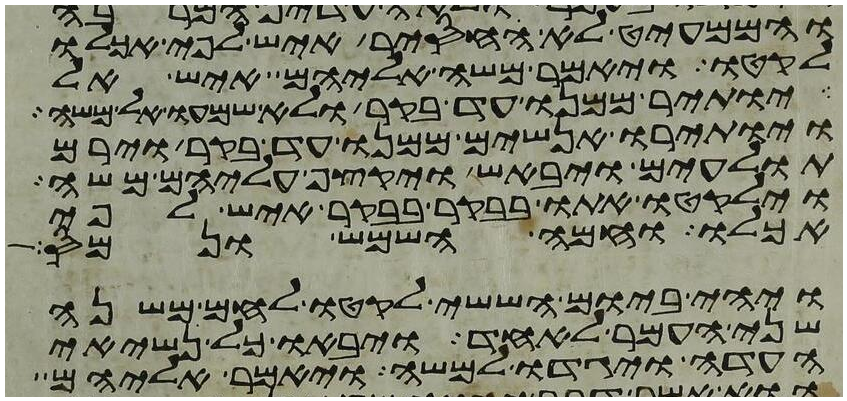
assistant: והממעיט לא החסיר איש לפי אכלו
לקטו ויאמר משה אליהם איש אל
יותיר ממנו עד בקר ולא שמעו אל משה
ויותירו אנשים ממנו עד בקר וירם
תולעים ויבאש ויקצף עליהם משה
וילקטו אתו בבקר בבקר איש לפי
אכלו וחמה השמש ונמס
ויהי ביום הששי לקטו לחם משנה
שני העמר לאחד ויבאו כל נשיאי
העדה ויגדו למשה ויאמר אליהם